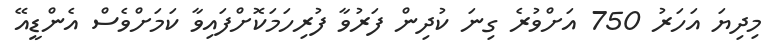
މިދިޔަ އަހަރު 750 އަށްވުރެ ގިނަ ކުދިން ފަރުވާ ފުރިހަމަކޮށްފައިވާ ކަަަމަށްވެސް އެންޑީއޭ